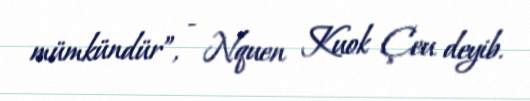
mümkündür”, - Nquen Kuok Çeu deyib.